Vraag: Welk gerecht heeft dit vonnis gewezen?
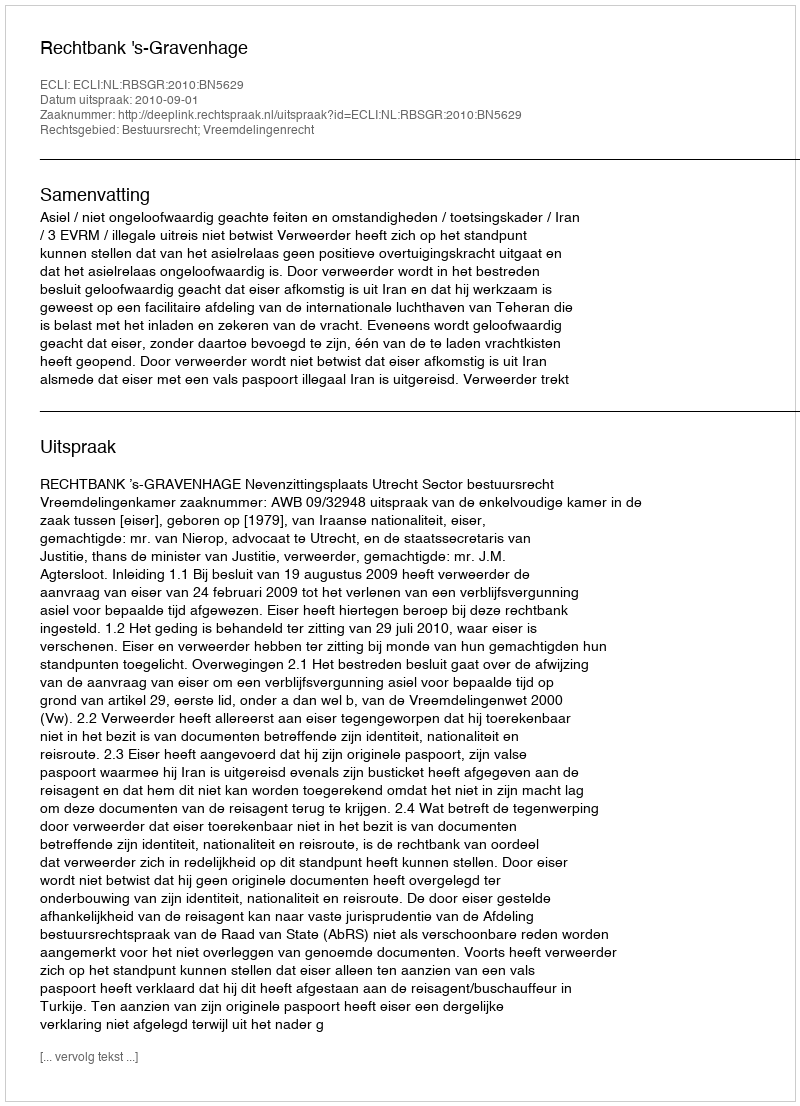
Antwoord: Rechtbank 's-Gravenhage